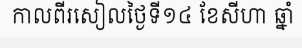
កាលពីរសៀលថ្ងៃទី១៤ ខែសីហា ឆ្នាំ